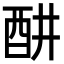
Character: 𬪦